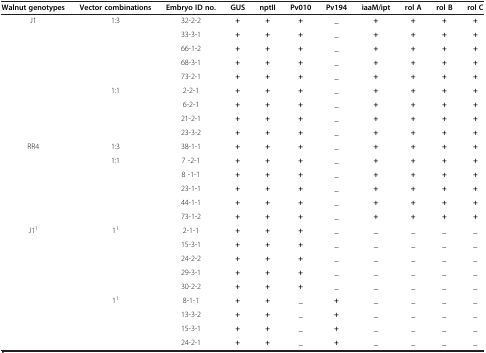
| Walnut genotypes | Vector combinations | Embryo ID no. | GUS | nptII | Pv010 | Pv194 | iaaM/ipt | rol A | rol B | rol C |
 | --- | --- | --- | --- | --- | --- | --- | --- | --- | --- | --- |
 | <ROWSPAN=9> J1 | <ROWSPAN=5> 1:3 | 32-2-2 | + | + | + | _ | + | + | + | + |
 | 33-3-1 | + | + | + | _ | + | + | + | + |
 | 66-1-2 | + | + | + | _ | + | + | + | + |
 | 68-3-1 | + | + | + | _ | + | + | + | + |
 | 73-2-1 | + | + | + | _ | + | + | + | + |
 | <ROWSPAN=4> 1:1 | 2-2-1 | + | + | + | _ | + | + | + | + |
 | 6-2-1 | + | + | + | _ | + | + | + | + |
 | 21-2-1 | + | + | + | _ | + | + | + | + |
 | 23-3-2 | + | + | + | _ | + | + | + | + |
 | <ROWSPAN=6> RR4 | 1:3 | 38-1-1 | + | + | + | _ | + | + | + | + |
 | <ROWSPAN=5> 1:1 | 7 -2-1 | + | + | + | _ | + | + | + | + |
 | 8 -1-1 | + | + | + | _ | + | + | + | + |
 | 23-1-1 | + | + | + | _ | + | + | + | + |
 | 44-1-1 | + | + | + | _ | + | + | + | + |
 | 73-1-2 | + | + | + | _ | + | + | + | + |
 | <ROWSPAN=9> J11 | <ROWSPAN=5> 11 | 2-1-1 | + | + | + | _ | _ | _ | _ | _ |
 | 15-3-1 | + | + | + | _ | _ | _ | _ | _ |
 | 24-2-2 | + | + | + | _ | _ | _ | _ | _ |
 | 29-3-1 | + | + | + | _ | _ | _ | _ | _ |
 | 30-2-2 | + | + | + | _ | _ | _ | _ | _ |
 | <ROWSPAN=4> 11 | 8-1-1 | + | + | _ | + | _ | _ | _ | _ |
 | 13-3-2 | + | + | _ | + | _ | _ | _ | _ |
 | 15-3-1 | + | + | _ | + | _ | _ | _ | _ |
 | 24-2-1 | + | + | _ | + | _ | _ | _ | _ |